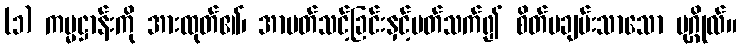
(၁) ကမ္မဋ္ဌာန်းကို အားထုတ်၏၊ အာပတ်သင့်ခြင်းနှင့်ပတ်သက်၍ စိတ်မချမ်းသာသော ပုဂ္ဂိုလ်။